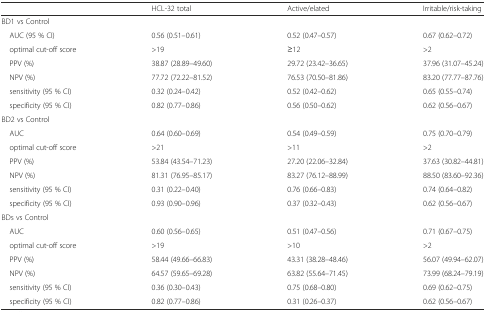
<table><thead><tr><td></td><td><b>HCL-32 total</b></td><td><b>Active/elated</b></td><td><b>Irritable/risk-taking</b></td></tr></thead><tbody><tr><td colspan="4">BD1 vs Control</td></tr><tr><td> AUC (95 % CI)</td><td>0.56 (0.51–0.61)</td><td>0.52 (0.47–0.57)</td><td>0.67 (0.62–0.72)</td></tr><tr><td> optimal cut-off score</td><td>&gt;19</td><td>≥12</td><td>&gt;2</td></tr><tr><td> PPV (%)</td><td>38.87 (28.89–49.60)</td><td>29.72 (23.42–36.65)</td><td>37.96 (31.07–45.24)</td></tr><tr><td> NPV (%)</td><td>77.72 (72.22–81.52)</td><td>76.53 (70.50–81.86)</td><td>83.20 (77.77–87.76)</td></tr><tr><td> sensitivity (95 % CI)</td><td>0.32 (0.24–0.42)</td><td>0.52 (0.42–0.62)</td><td>0.65 (0.55–0.74)</td></tr><tr><td> specificity (95 % CI)</td><td>0.82 (0.77–0.86)</td><td>0.56 (0.50–0.62)</td><td>0.62 (0.56–0.67)</td></tr><tr><td colspan="4">BD2 vs Control</td></tr><tr><td> AUC</td><td>0.64 (0.60–0.69)</td><td>0.54 (0.49–0.59)</td><td>0.75 (0.70–0.79)</td></tr><tr><td> optimal cut-off score</td><td>&gt;21</td><td>&gt;11</td><td>&gt;2</td></tr><tr><td> PPV (%)</td><td>53.84 (43.54–71.23)</td><td>27.20 (22.06–32.84)</td><td>37.63 (30.82–44.81)</td></tr><tr><td> NPV (%)</td><td>81.31 (76.95–85.17)</td><td>83.27 (76.12–88.99)</td><td>88.50 (83.60–92.36)</td></tr><tr><td> sensitivity (95 % CI)</td><td>0.31 (0.22–0.40)</td><td>0.76 (0.66–0.83)</td><td>0.74 (0.64–0.82)</td></tr><tr><td> specificity (95 % CI)</td><td>0.93 (0.90–0.96)</td><td>0.37 (0.32–0.43)</td><td>0.62 (0.56–0.67)</td></tr><tr><td colspan="4">BDs vs Control</td></tr><tr><td> AUC</td><td>0.60 (0.56–0.65)</td><td>0.51 (0.47–0.56)</td><td>0.71 (0.67–0.75)</td></tr><tr><td> optimal cut-off score</td><td>&gt;19</td><td>&gt;10</td><td>&gt;2</td></tr><tr><td> PPV (%)</td><td>58.44 (49.66–66.83)</td><td>43.31 (38.28–48.46)</td><td>56.07 (49.94–62.07)</td></tr><tr><td> NPV (%)</td><td>64.57 (59.65–69.28)</td><td>63.82 (55.64–71.45)</td><td>73.99 (68.24–79.19)</td></tr><tr><td> sensitivity (95 % CI)</td><td>0.36 (0.30–0.43)</td><td>0.75 (0.68–0.80)</td><td>0.69 (0.62–0.75)</td></tr><tr><td> specificity (95 % CI)</td><td>0.82 (0.77–0.86)</td><td>0.31 (0.26–0.37)</td><td>0.62 (0.56–0.67)</td></tr></tbody></table>